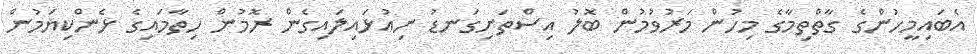
އެބައިމީހުންގެ ގާތްތިމާގެ މިހުން މަރުވުމުން ބޮލު އިސްތަށިގަނޑު ނިއުޅައިލައިގެން ރޮމުން ހިތާމައިގެ ޅެންކިޔަމުން